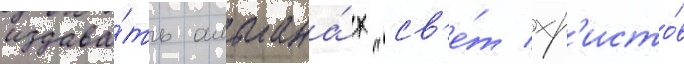
издава́ть альмана́х "св'е́т хр'исто́в